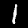
Digit: 1